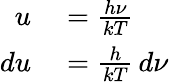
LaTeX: \begin{array}{rl}{u}&{{}={\frac{h\nu}{kT}}}\\ {du}&{{}={\frac{h}{kT}}\, d\nu}\end{array}